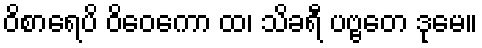
ဝိစာရေပိ ဝိဝေကော ထ၊ သိခရီ ပဗ္ဗတေ ဒုမေ။